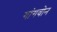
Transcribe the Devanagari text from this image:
गांगवोन